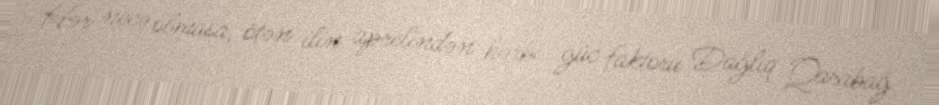
Hər necə olmasa, ötən ilin aprelindən hərbi güc faktoru Dağlıq Qarabağ